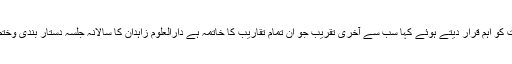
انہوں نے ان تقریبات کو اہم قرار دیتے ہوئے کہا سب سے آخری تقریب جو ان تمام تقاریب کا خاتمہ ہے دارالعلوم زاہدان کا سالانہ جلسہ دستار بندی وختم بخاری شریف ہے۔